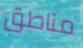
مناطق